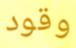
وقود